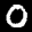
Digit: 0